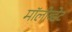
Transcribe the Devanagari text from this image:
मॉलीब्डेट